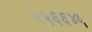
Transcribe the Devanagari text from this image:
५५६६४५